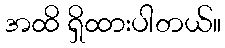
အထိ ရှိထားပါတယ်။